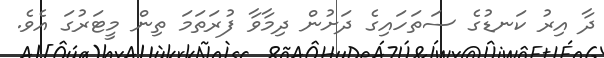
ދާ އިރު ކަނޑުގެ ސަތަހައިގެ ދަށުން ދިމާވާ ފުރަތަމަ ތިން މީޓަރުގަ އެވެ.